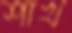
শাখ